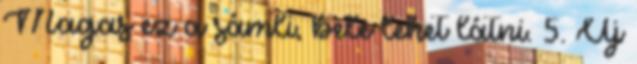
Magas ez a sámli, bele lehet látni. 5. Új